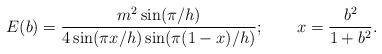
LaTeX: \begin{align*}E(b)=\frac{m^2 \sin(\pi/h)}{4\sin(\pi x/h)\sin(\pi (1-x)/h)}; \qquad x=\frac{b^2}{1+b^2}. \end{align*}